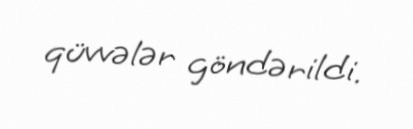
qüvvələr göndərildi.